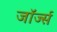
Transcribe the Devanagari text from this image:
जाॅर्ज्स